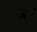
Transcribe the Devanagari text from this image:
ज्यूं